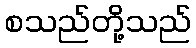
စသည်တို့သည်